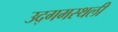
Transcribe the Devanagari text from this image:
उद्गमस्थली